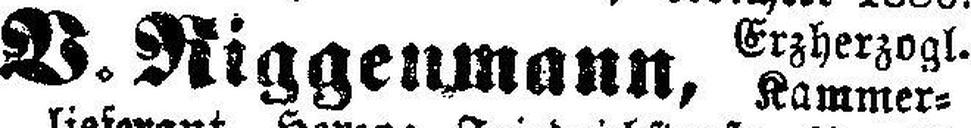
V. Riggenmann,